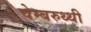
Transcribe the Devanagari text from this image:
चेम्बरुथ्थी